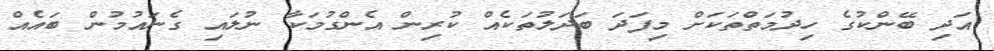
އަދި ބޭންކުގެ ހިދުމަތްތަކަށް މިފަދަ ބަދަލުތަކެއް ކުރިން އެންގުމަކާ ނުލައި ގެނައުމުން ބައެއް